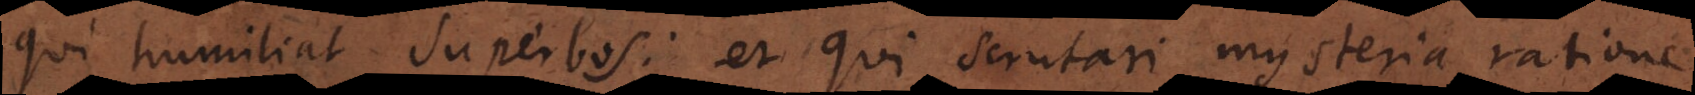
qui humiliat superbos: et qui scrutari mysteria ratione